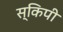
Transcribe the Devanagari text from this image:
स्किपी